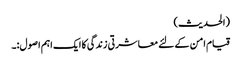
(الحدیث)
قیام امن کے لئے معاشرتی زندگی کا ایک اہم اصول:۔